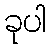
ခုပါ